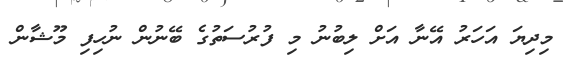
މިދިޔަ އަހަރު އޭނާ އަށް ލިބުނު މި ފުރުސަތުގެ ބޭނުން ނުހިފި މޫޝާން